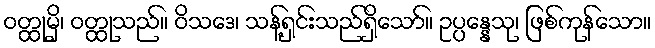
ဝတ္ထုမှိ၊ ဝတ္ထုသည်။ ဝိသဒေ၊ သန့်ရှင်းသည်ရှိသော်။ ဥပ္ပန္နေသု၊ ဖြစ်ကုန်သော။